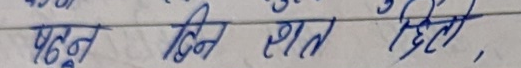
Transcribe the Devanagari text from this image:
पढ्न दिन रात दिहेतो ,